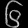
Digit: ၆